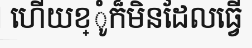
ហើយខ្ូំក៏មិនដែលធ្វើ